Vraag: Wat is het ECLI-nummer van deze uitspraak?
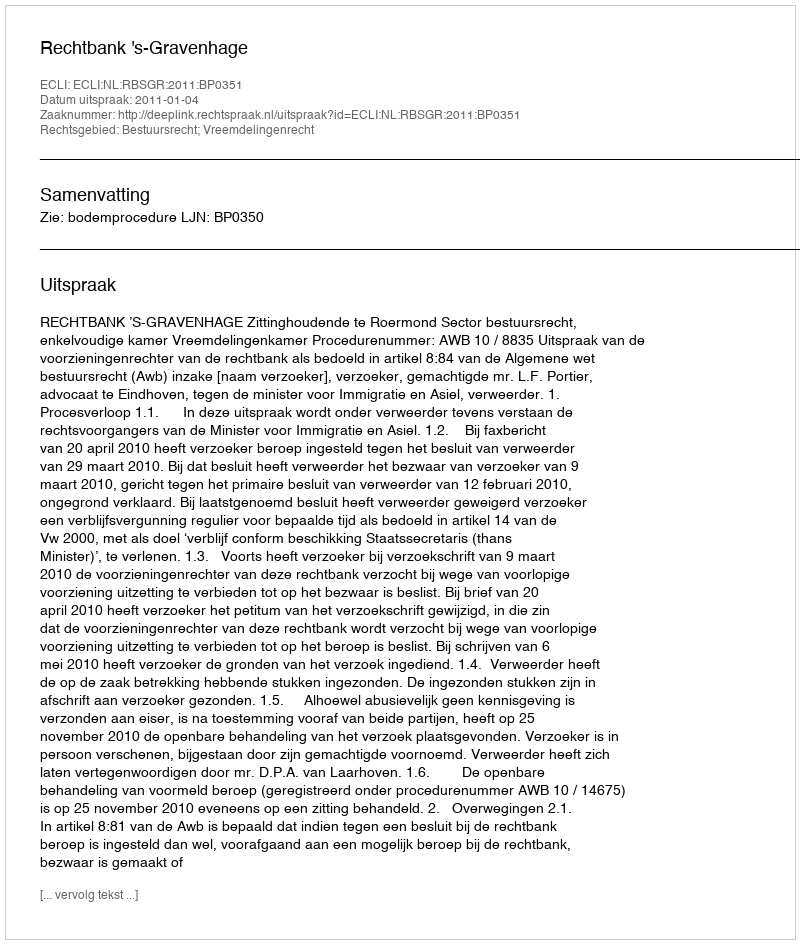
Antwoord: ECLI:NL:RBSGR:2011:BP0351